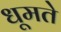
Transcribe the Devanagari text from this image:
धूमते